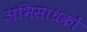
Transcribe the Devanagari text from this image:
अभिसाधकों